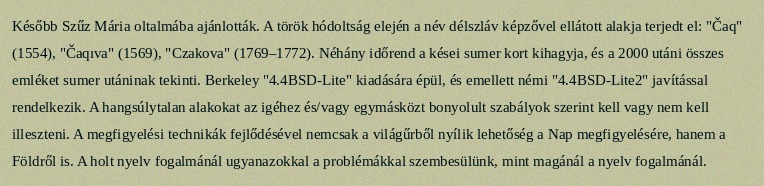
Később Szűz Mária oltalmába ajánlották. A török hódoltság elején a név délszláv képzővel ellátott alakja terjedt el: "Čaq" (1554), "Čaqıva" (1569), "Czakova" (1769–1772). Néhány időrend a kései sumer kort kihagyja, és a 2000 utáni összes emléket sumer utáninak tekinti. Berkeley "4.4BSD-Lite" kiadására épül, és emellett némi "4.4BSD-Lite2" javítással rendelkezik. A hangsúlytalan alakokat az igéhez és/vagy egymásközt bonyolult szabályok szerint kell vagy nem kell illeszteni. A megfigyelési technikák fejlődésével nemcsak a világűrből nyílik lehetőség a Nap megfigyelésére, hanem a Földről is. A holt nyelv fogalmánál ugyanazokkal a problémákkal szembesülünk, mint magánál a nyelv fogalmánál.